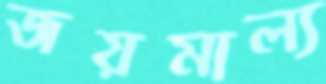
জয়মাল্য